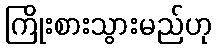
ကြိုးစားသွားမည်ဟု